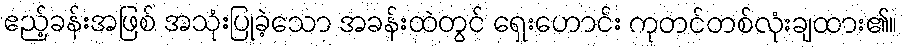
ဧည့်ခန်းအဖြစ် အသုံးပြုခဲ့သော အခန်းထဲတွင် ရှေးဟောင်း ကုတင်တစ်လုံးချထား၏။